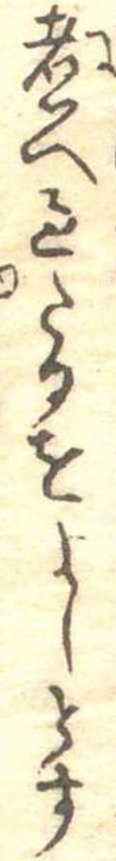
煮へ過たるをよしとす